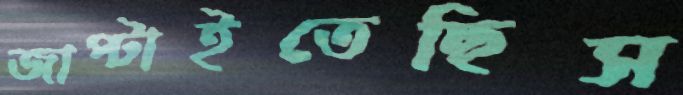
জাপ্‌টাইতেছিস